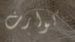
كوارث